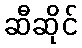
ဆီဆိုင်